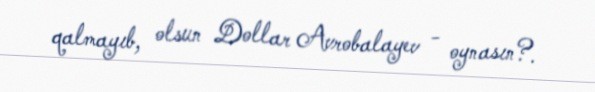
qalmayıb, olsun Dollar Avrobalayev - oynasın?.